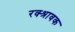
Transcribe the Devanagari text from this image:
रक्श्रावक